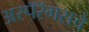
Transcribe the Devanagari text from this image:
अस्पॅरॅगसचे